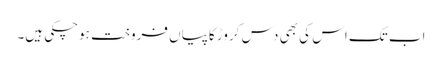
اب تک اس کی بھی دس کروڑ کاپیاں فروخت ہوچکی ہیں۔